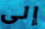
إلى